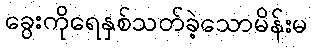
ခွေးကိုရေနှစ်သတ်ခဲ့သောမိန်းမ